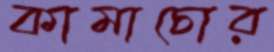
কামাচোর